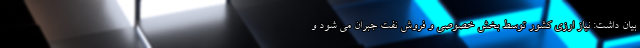
بیان داشت: نیاز ارزی کشور توسط بخش خصوصی و فروش نفت جبران می شود و